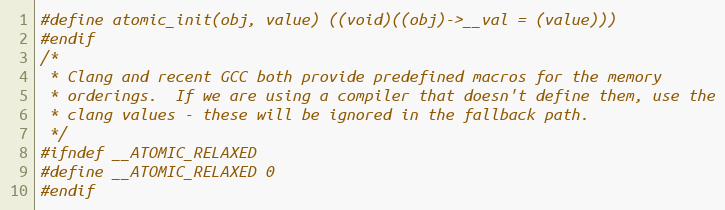
Language: C
#define atomic_init(obj, value) ((void)((obj)->__val = (value)))
#endif
/*
 * Clang and recent GCC both provide predefined macros for the memory
 * orderings.  If we are using a compiler that doesn't define them, use the
 * clang values - these will be ignored in the fallback path.
 */
#ifndef __ATOMIC_RELAXED
#define __ATOMIC_RELAXED 0
#endif